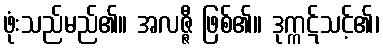
ဖုံးသည်မည်၏။ အလဇ္ဇီ ဖြစ်၏။ ဒုက္ကဋ်သင့်၏၊